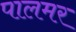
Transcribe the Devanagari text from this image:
पालमर